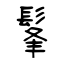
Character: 髼